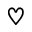
\heartsuit